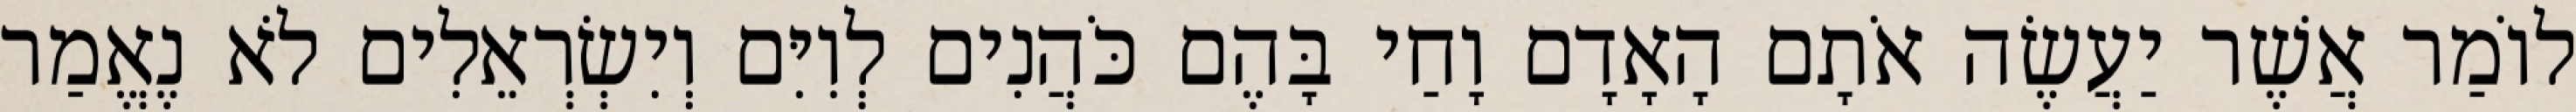
לוֹמַר אֲשֶׁר יַעֲשֶׂה אֹתָם הָאָדָם וָחַי בָּהֶם כֹּהֲנִים לְוִיִּם וְיִשְׂרְאֵלִים לֹא נֶאֱמַר